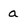
Character: a